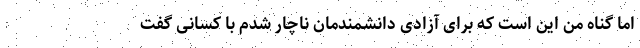
اما گناه من این است که برای آزادی دانشمندمان ناچار شدم با کسانی گفت